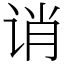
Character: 诮